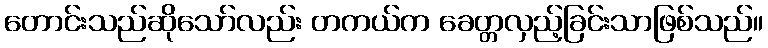
တောင်းသည်ဆိုသော်လည်း တကယ်က ခေတ္တလှည့်ခြင်းသာဖြစ်သည်။